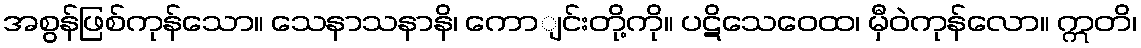
အစွန်ဖြစ်ကုန်သော။ သေနာသနာနိ၊ ကောျင်းတို့ကို။ ပဋိသေဝေထ၊ မှီဝဲကုန်လော။ ဣတိ၊